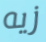
زيه